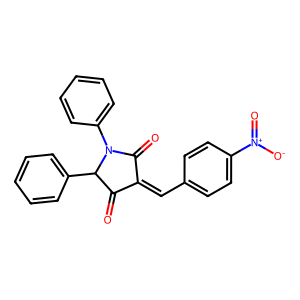
SMILES: O=C1C(=Cc2ccc([N+](=O)[O-])cc2)C(=O)N(c2ccccc2)C1c1ccccc1
Inhibits HIV replication: Yes